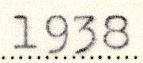
1938